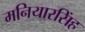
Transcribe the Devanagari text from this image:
मनियारसिंह